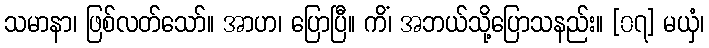
သမာနာ၊ ဖြစ်လတ်သော်။ အာဟ၊ ပြောပြီ။ ကိံ၊ အဘယ်သို့ပြောသနည်း။ [၀၇] မယှံ၊